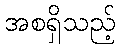
အစရှိသည့်